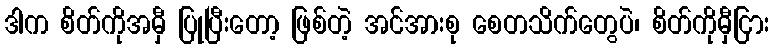
ဒါက စိတ်ကိုအမှီ ပြုပြီးတော့ ဖြစ်တဲ့ အင်အားစု စေတသိက်တွေပဲ၊ စိတ်ကိုမှီငြား